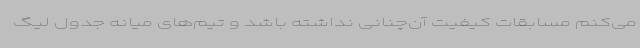
می‌کنم مسابقات کیفیت آن‌چنانی نداشته باشد و تیم‌های میانه جدول لیگ